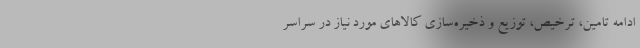
ادامه تامین، ترخیص، توزیع و ذخیره‌سازی کالاهای مورد نیاز در سراسر